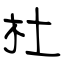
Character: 杜